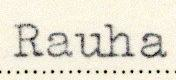
Rauha